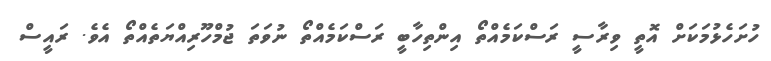
ހުށަހެޅުމަކަށް އޮތީ ވިރާސީ ރަސްކަމެއްތޯ އިންތިހާބީ ރަސްކަމެއްތޯ ނުވަތަ ޖުމްހޫރިއްޔަތެއްތޯ އެވެ. ރައީސް